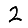
Digit: 2